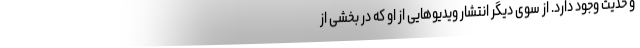
و حدیث وجود دارد. از سوی دیگر انتشار ویدیوهایی از او که در بخشی از